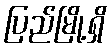
ပြည်မြို့ရှိ